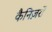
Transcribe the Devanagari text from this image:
कैनिज़रों